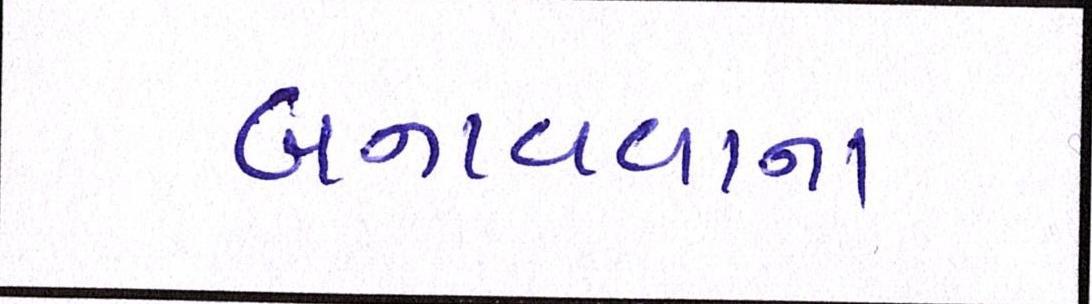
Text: બનાવવાના